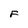
Character: F